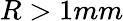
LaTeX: R>1mm